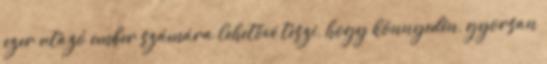
ezer utazó ember számára lehetővé teszi, hogy könnyedén, gyorsan